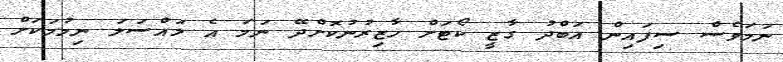
ނަމަވެސް ސިފައިން އަބްދު ގާޒީ ކޯޓަށް ހާޒިރުނުކޮށްދޭ ނަމަ އެ މައްސަލަ ނިމުމަކަށް